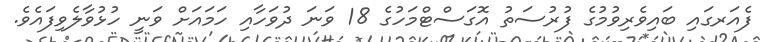
ފެއަރގައި ބައިވެރިވުމުގެ ފުރުސަތު އޮގަސްޓްމަހުގެ 18 ވަނަ ދުވަހާއި ހަމައަށް ވަނީ ހުޅުވާލެވިފައެވެ.